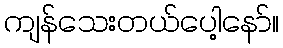
ကျန်သေးတယ်ပေါ့နော်။